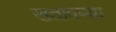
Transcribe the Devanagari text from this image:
खतावण्या